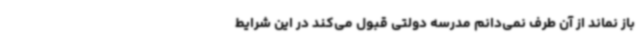
باز نماند از آن طرف نمی‌دانم مدرسه دولتی قبول می‌کند در این شرایط